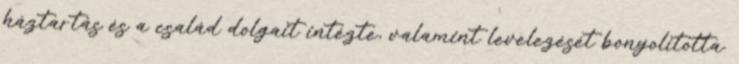
háztartás és a család dolgait intézte, valamint levelezését bonyolította.